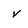
Character: v